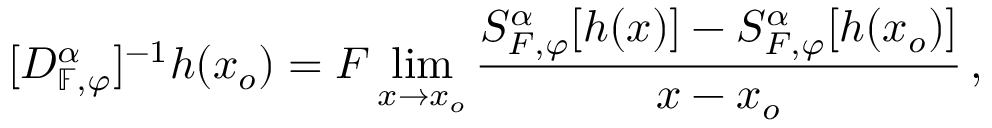
[ D _ { \mathbb { F } , \varphi } ^ { \alpha } ] ^ { - 1 } h ( x _ { o } ) = F \operatorname* { l i m } _ { x \rightarrow x _ { o } } \frac { S _ { F , \varphi } ^ { \alpha } [ h ( x ) ] - S _ { F , \varphi } ^ { \alpha } [ h ( x _ { o } ) ] } { x - x _ { o } } \, ,